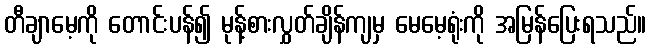
တီချာမေ့ကို တောင်းပန်၍ မုန့်စားလွှတ်ချိန်ကျမှ မေမေ့ရုံးကို အမြန်ပြေးရသည်။